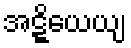
အဋ္ဋိယေယျ